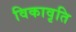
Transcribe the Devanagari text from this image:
विकावृति